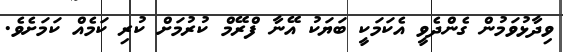
ވިދާޅުވަމުން ގެންދެވީ އެކަމަކީ ބަޔަކު އޭނާ ފްރޭމް ކުރުމަށް ކުރި ކަމެއް ކަމަށެވެ.